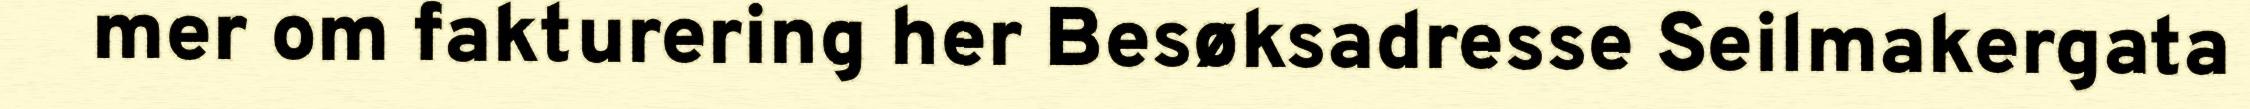
mer om fakturering her Besøksadresse Seilmakergata